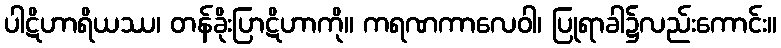
ပါဋိဟာရိယဿ၊ တန်ခိုးပြာဋိဟာကို။ ကရဏကာလေဝါ၊ ပြုရာခါ၌လည်းကောင်း။